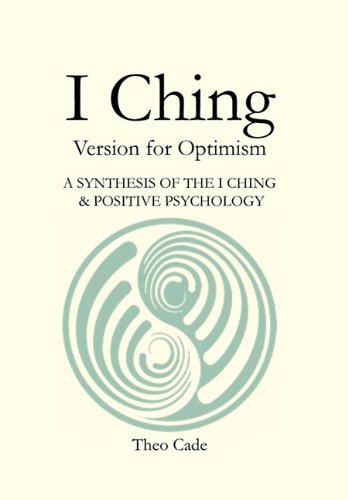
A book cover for I CHING: BOOK OF CHANGES Version for Optimism A SYNTHESIS OF THE I CHING  & POSITIVE PSYCHOLOGY; Theo Cade; Religion & Spirituality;